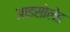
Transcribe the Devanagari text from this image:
आइसोलेड